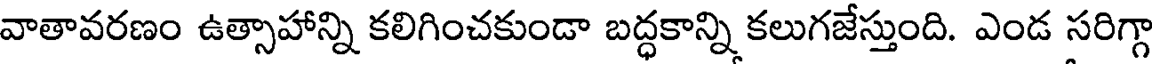
వాతావరణం ఉత్సాహాన్ని కలిగించకుండా బద్ధకాన్ని కలుగజేస్తుంది. ఎండ సరిగ్గా